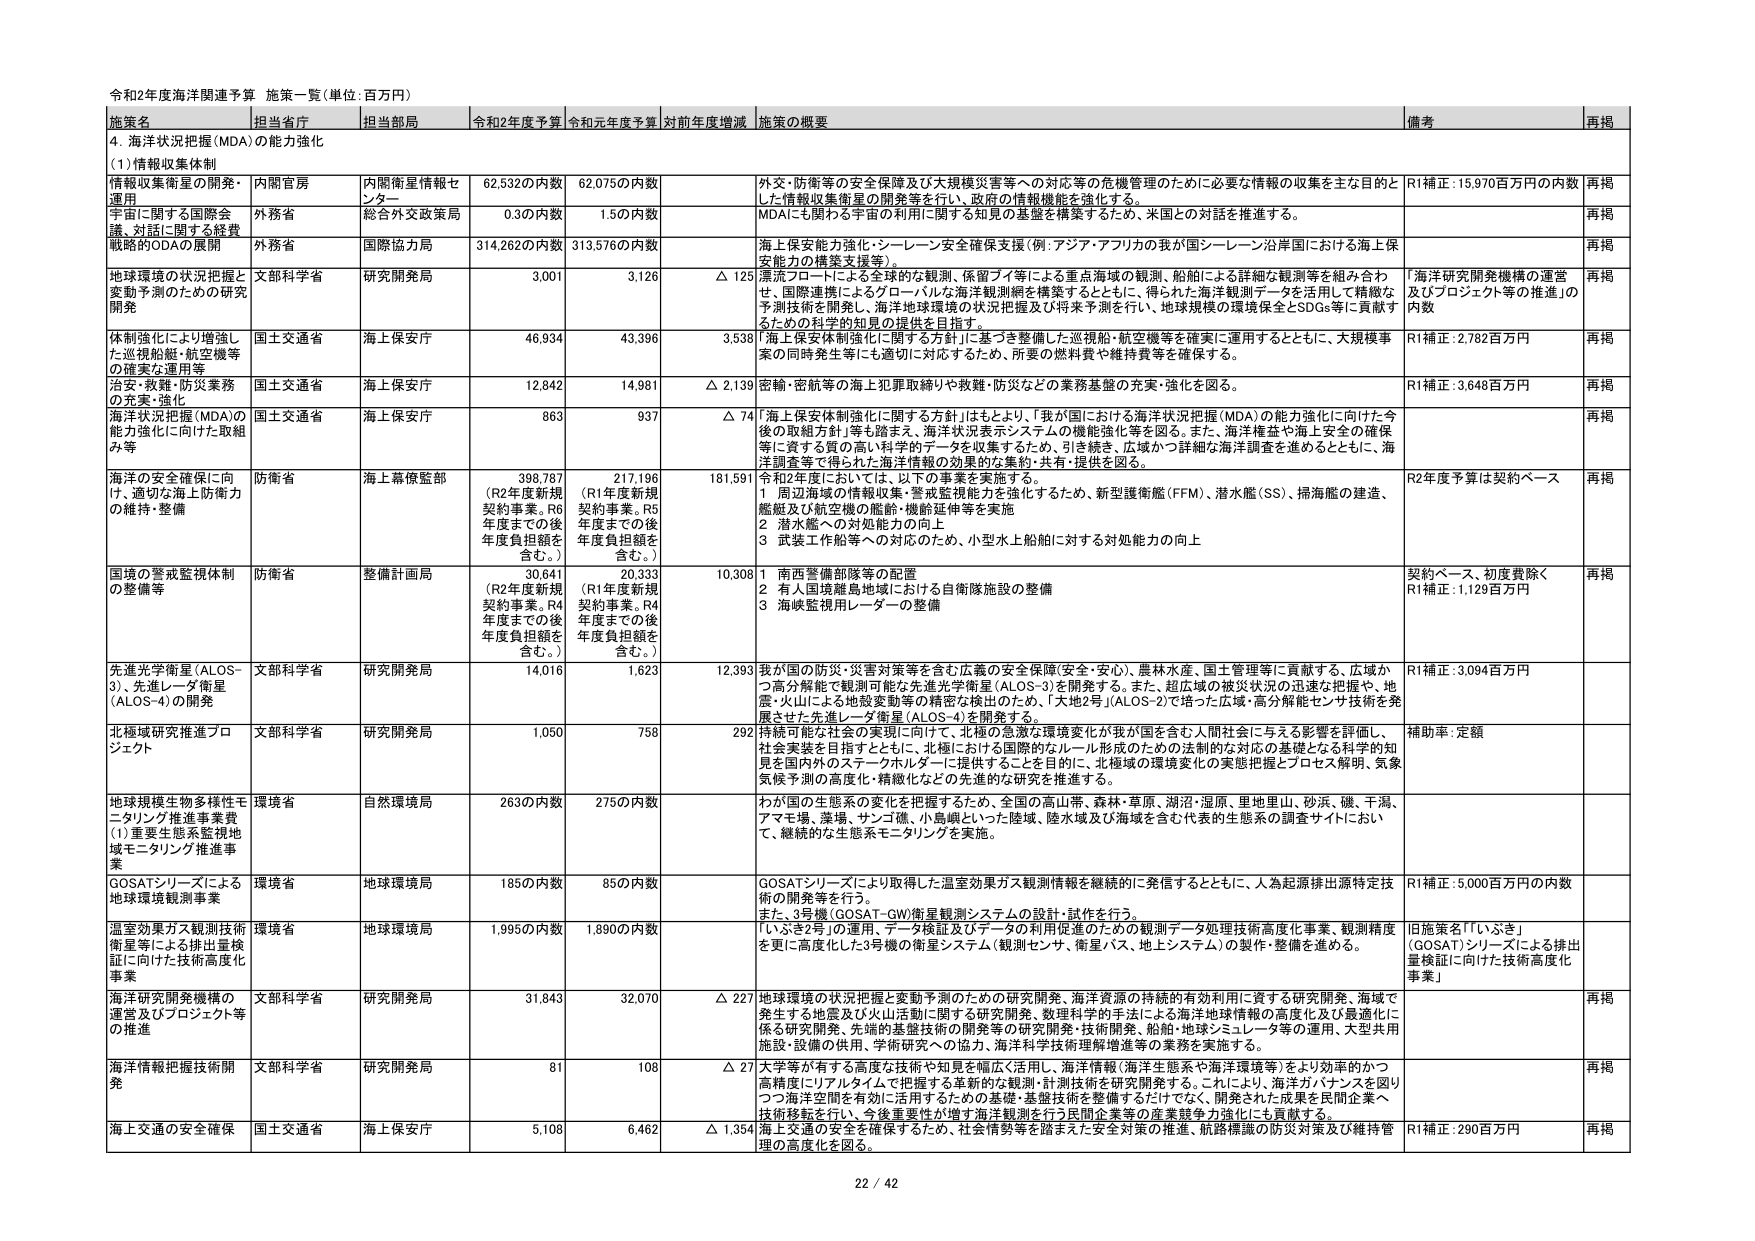
令和2年度海洋関連予算 施策一覧（単位：百万円）

施策名 担当省庁 担当部局 令和2年度予算 令和元年度予算 対前年度増減 施策の概要 備考 再掲

4. 海洋状況把握（MDA）の能力強化

(1) 情報収集体制

情報収集衛星の開発・運用 内閣官房 内閣衛星情報センター 62,532の内数 62,075の内数 外交・防衛等の安全保障及び大規模災害等への対応等の危機管理のために必要な情報の収集を主な目的とした情報収集衛星の開発等を行い、政府の情報機能を強化する。 R1補正：15,970百万円の内数 再掲

宇宙に関する国際会議、対話に関する経費 外務省 総合外交政策局 0.3の内数 1.5の内数 MDAにも関わる宇宙の利用に関する知見の基盤を構築するため、米国との対話を推進する。 再掲

戦略的ODAの展開 外務省 国際協力局 314,262の内数 313,576の内数 海上保安能力強化・シーレーン安全確保支援（例：アジア・アフリカの我が国シーレーン沿岸国における海上保安能力の構築支援等）。 再掲

地球環境の状況把握と変動予測のための研究開発 文部科学省 研究開発局 3,001 3,126 △ 125 漂流フロートによる全球的な観測、保留ブイ等による重点海域の観測、船舶による詳細な観測等を組み合わせ、国際連携によるグローバルな海洋観測網を構築するとともに、得られた海洋観測データを活用して精緻な予測技術を開発し、海洋地球環境の状況把握及び将来予測を行い、地球規模の環境保全とSDGs等に貢献するための科学的知見の提供を目指す。 「海洋研究開発機構の運営及びプロジェクト等の推進」の内数 再掲

体制強化により増強した巡視船舶・航空機等の確実な運用等 国土交通省 海上保安庁 46,934 43,396 3,538 「海上保安体制強化に関する方針」に基づき整備した巡視船・航空機等を確実に運用するとともに、大規模事案の同時発生等にも適切に対応するため、所要の燃料費や維持費等を確保する。 R1補正：2,782百万円 再掲

治安・救難・防災業務の充実・強化 国土交通省 海上保安庁 12,842 14,981 △ 2,139 密輸・密航等の海上犯罪取締りや救難・防災などの業務基盤の充実・強化を図る。 R1補正：3,648百万円 再掲

海洋状況把握（MDA）の能力強化に向けた取組み等 国土交通省 海上保安庁 863 937 △ 74 「海上保安体制強化に関する方針」はもとより、「我が国における海洋状況把握（MDA）の能力強化に向けた今後の取組方針」等も踏まえ、海洋状況表示システムの機能強化等を図る。また、海洋権益や海上安全の確保等に資する質の高い科学的データを収集するため、引き続き、広域かつ詳細な海洋調査を進めるとともに、海洋調査等で得られた海洋情報の効果的な集約・共有・提供を図る。 再掲

海洋の安全保障に向け、適切な海上防衛力の維持・整備 防衛省 海上幕僚監部 398,787 （R2年度新規契約事業。R6年度までの後年度負担額を含む。） 217,196 （R1年度新規契約事業。R5年度までの後年度負担額を含む。） 181,591 令和2年度においては、以下の事業を実施する。 1 周辺海域の情報収集・警戒監視能力を強化するため、新型護衛艦（FFM）、潜水艦（SS）、掃海艦の建造、艦艇及び航空機の艦齢・機齢延伸等を実施 2 潜水艦への対処能力の向上 3 武装工作船等への対応のため、小型水上船舶に対する対処能力の向上 R2年度予算は契約ベース 再掲

国境の警戒監視体制の整備等 防衛省 整備計画局 30,641 （R2年度新規契約事業。R4年度までの後年度負担額を含む。） 20,333 （R1年度新規契約事業。R4年度までの後年度負担額を含む。） 10,308 1 南西警備部隊等の配置 2 有人国境離島地域における自衛隊施設の整備 3 海峡監視用レーダーの整備 契約ベース、初度費除く R1補正：1,129百万円 再掲

先進光学衛星（ALOS-3）、先進レーダ衛星（ALOS-4）の開発 文部科学省 研究開発局 14,016 1,623 12,393 我が国の防災・災害対策等を含む広義の安全保障（安全・安心）、農林水産、国土管理等に貢献する、広域かつ高分解能で観測可能な先進光学衛星（ALOS-3）を開発する。また、超広域の被災状況の迅速な把握や、地震・火山による地殻変動等の精密な検出のため、「大地2号」（ALOS-2）で培った広域・高分解能センサ技術を発展させた先進レーダ衛星（ALOS-4）を開発する。 R1補正：3,094百万円

北極域研究推進プロジェクト 文部科学省 研究開発局 1,050 758 292 持続可能な社会の実現に向けて、北極の急激な環境変化が我が国を含む人間社会に与える影響を評価し、社会実装を目指すとともに、北極における国際的なルール形成のための法制度の対応の基礎となる科学的知見を国内外のステークホルダーに提供することを目的に、北極域の環境変化の実態把握とプロセス解明、気象気候予測の高度化・精緻化などの先進的な研究を推進する。 補助率：定額

地球規模生物多様性モニタリング推進事業費（1）重要生態系監視地域モニタリング推進事業 環境省 自然環境局 263の内数 275の内数 わが国の生態系の変化を把握するため、全国の高山帯、森林・草原、湖沼・湿原、里地里山、砂浜、磯、干潟、アマモ場、藻場、サンゴ礁、小島嶼といった陸域、陸水域及び海域を含む代表的生態系の調査サイトにおいて、継続的な生態系モニタリングを実施。

GOSATシリーズによる地球環境観測事業 環境省 地球環境局 185の内数 85の内数 GOSATシリーズにより取得した温室効果ガス観測情報を継続的に発信するとともに、人為起源排出源特定技術の開発等を行う。 また、3号機（GOSAT-GW）衛星観測システムの設計・試作を行う。 R1補正：5,000百万円の内数

温室効果ガス観測技術衛星等による排出量検証に向けた技術高度化事業 環境省 地球環境局 1,995の内数 1,890の内数 「いぶき2号」の運用、データ検証及びデータの利用促進のための観測データ処理技術高度化事業、観測精度を更に高度化した3号機の衛星システム（観測センサ、衛星バス、地上システム）の製作・整備を進める。 旧施策名「『いぶき』（GOSAT）シリーズによる排出量検証に向けた技術高度化事業」

海洋研究開発機構の運営及びプロジェクト等の推進 文部科学省 研究開発局 31,843 32,070 △ 227 地球環境の状況把握と変動予測のための研究開発、海洋資源の持続的有効利用に資する研究開発、海域で発生する地震及び火山活動に関する研究開発、数理科学的手法による海洋地球情報の高度化及び最適化に係る研究開発、先端的基盤技術の開発等の研究開発・技術開発、船舶・地球シミュレータ等の運用、大型共用施設・設備の供用、学術研究への協力、海洋科学技術理解増進等の業務を実施する。 再掲

海洋情報把握技術開発 文部科学省 研究開発局 81 108 △ 27 大学等が有する高度な技術や知見を幅広く活用し、海洋情報（海洋生態系や海洋環境等）をより効率的かつ高精度にリアルタイムで把握する革新的な観測・計測技術を研究開発する。これにより、海洋カバナンスを図りつつ海洋空間を有効に活用するための基盤・基盤技術を整備するだけでなく、開発された成果を民間企業へ技術移転を行い、今後重要性が増す海洋観測を行う民間企業等の産業競争力強化にも貢献する。 再掲

海上交通の安全確保 国土交通省 海上保安庁 5,108 6,462 △ 1,354 海上交通の安全を確保するため、社会情勢等を踏まえた安全対策の推進、航路標識の防災対策及び維持管理の高度化を図る。 R1補正：290百万円 再掲

22 / 42